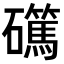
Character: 𥗖